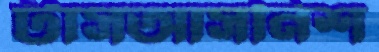
টাসআসনিশ